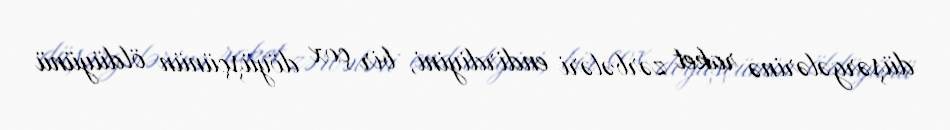
düşərgələrinə raket zərbələri endirdiyini, bir çox döyüşçünün öldüyünü